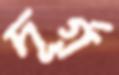
দূর্গ